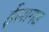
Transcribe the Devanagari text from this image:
ईसागढ